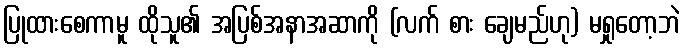
ပြုထားစေကာမူ ထိုသူ၏ အပြစ်အနာအဆာကို (လက် စား ချေမည်ဟု) မရှုတော့ဘဲ